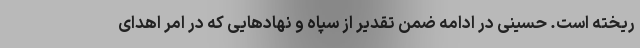
ریخته است. حسینی در ادامه ضمن تقدیر از سپاه و نهادهایی که در امر اهدای